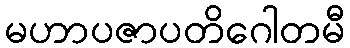
မဟာပဇာပတိဂေါတမီ